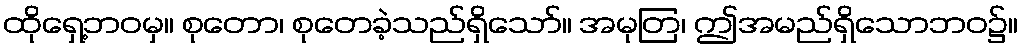
ထိုရှေ့ဘဝမှ။ စုတော၊ စုတေခဲ့သည်ရှိသော်။ အမုတြ၊ ဤအမည်ရှိသောဘဝ၌။